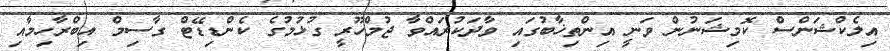
އިލެކްޝަންސް ކޮމިޝަނުން ވަނީ އިންތިޚާބުގައި ވާދަކުރައްވާ ޖުމްހޫރީ ގުޅުމުގެ ކެންޑިޑޭޓް ގާސިމް އިބްރާހިމާއި